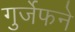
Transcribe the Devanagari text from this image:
गुर्जेफने